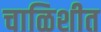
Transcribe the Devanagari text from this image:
चाळिशीत